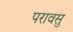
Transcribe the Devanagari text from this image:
परावसु